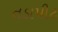
તડાપીટ